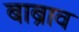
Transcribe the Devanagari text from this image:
बाब्राव